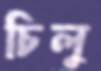
চিলু